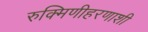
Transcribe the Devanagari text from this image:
रुक्मिणीहरणाशी